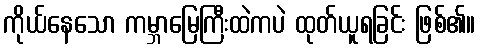
ကိုယ်နေသော ကမ္ဘာမြေကြီးထဲကပဲ ထုတ်ယူရခြင်း ဖြစ်၏။